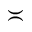
\asymp